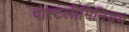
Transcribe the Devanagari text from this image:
पोस्टलीमिनियम